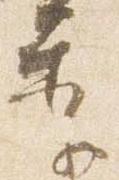
季